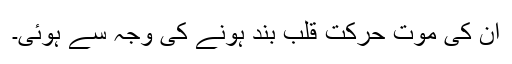
ان کی موت حرکتِ قلب بند ہونے کی وجہ سے ہوئی۔